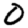
Digit: 0